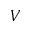
V